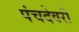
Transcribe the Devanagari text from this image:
पंचदेवरी